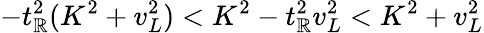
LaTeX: -t_{\mathbb{R}}^{2}(K^{2}+v_{L}^{2})<K^{2}-t_{\mathbb{R}}^{2}v_{L}^{2}<K^{2}+v_{L}^{2}